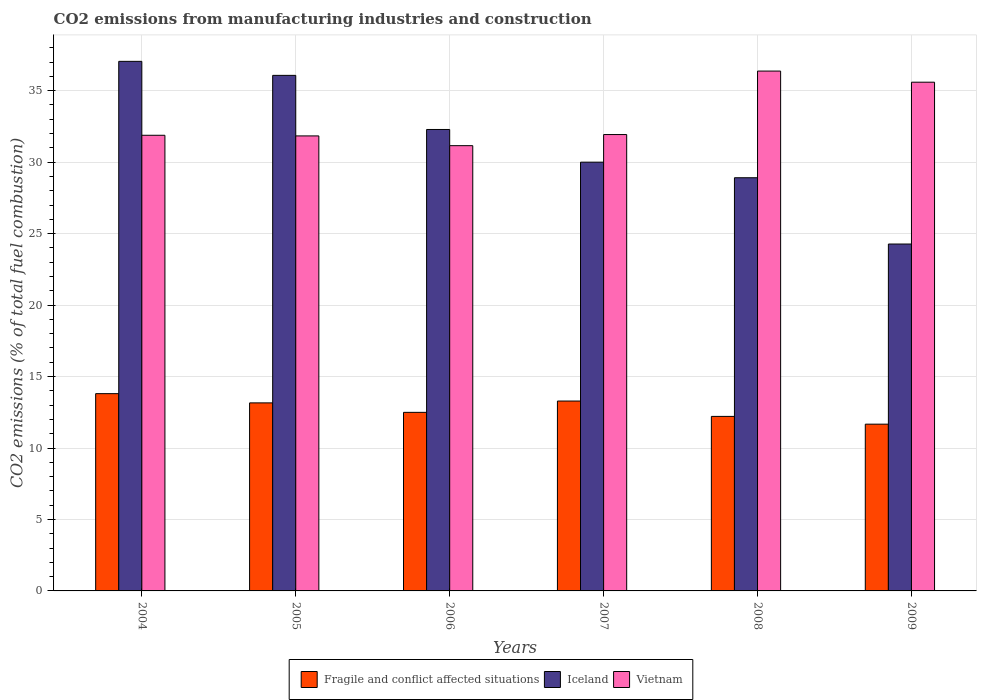
| Years | Fragile and conflict affected situations | Iceland | Vietnam |
 | --- | --- | --- | --- |
 | 2004 | 13.8 | 37.1 | 31.9 |
 | 2005 | 13.2 | 36.1 | 31.8 |
 | 2006 | 12.5 | 32.3 | 31.2 |
 | 2007 | 13.3 | 30 | 31.9 |
 | 2008 | 12.2 | 28.9 | 36.4 |
 | 2009 | 11.7 | 24.3 | 35.6 |